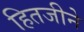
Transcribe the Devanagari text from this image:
हितजीने